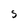
Character: S